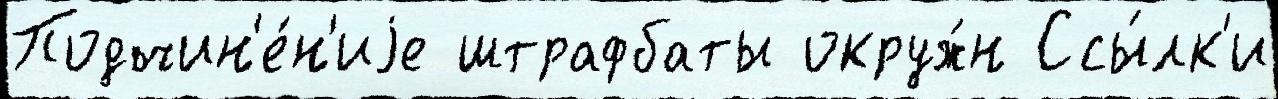
Подчин'е́н'иjе штрафбаты окруж́н Ссы́лк'и